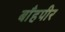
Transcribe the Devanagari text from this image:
बाँहपीर